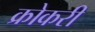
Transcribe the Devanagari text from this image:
क्रोकरी